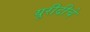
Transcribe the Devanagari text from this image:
यूरीदीचे